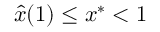
\hat { x } ( 1 ) \leq x ^ { * } < 1